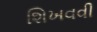
શિખવવી